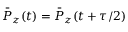
\bar { P } _ { z } ( t ) = \bar { P } _ { z } ( t + \tau / 2 )